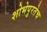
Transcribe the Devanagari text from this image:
शोभेपुरतेच